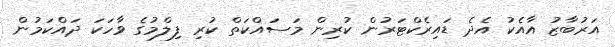
އަރުބާޒު އާއެކު އެދެ ޑައިރެކްޓަރުން ކުރިން މަސައްކަތް ކުރި ފިލްމުގެ ވާހަކަ ދައްކަމުން